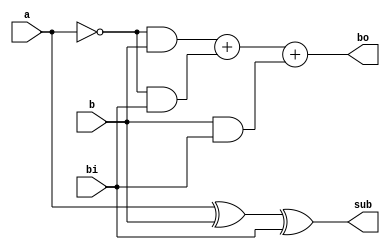
module subtractor_full(
    input a,
    input b,
    input bi,
    output bo,
    output sub
);

  assign sub = a^b^bi;
  assign bo = (~a&b)+(~a&bi)+(b&bi);

endmodule